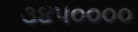
૩૪૫૦૦૦૦